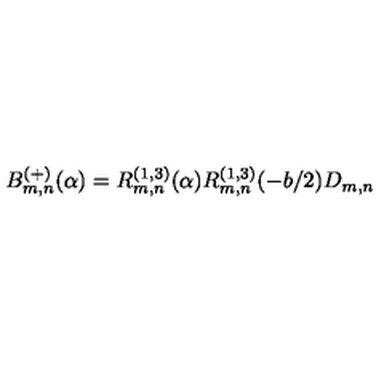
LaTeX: B _ { m , n } ^ { ( + ) } ( \alpha ) = R _ { m , n } ^ { ( 1 , 3 ) } ( \alpha ) R _ { m , n } ^ { ( 1 , 3 ) } ( - b / 2 ) D _ { m , n }